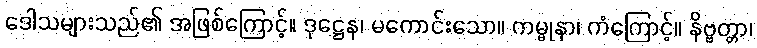
ဒေါသများသည်၏ အဖြစ်ကြောင့်။ ဒုဋ္ဌေန၊ မကောင်းသော။ ကမ္မုနာ၊ ကံကြောင့်။ နိဗ္ဗတ္တာ၊